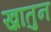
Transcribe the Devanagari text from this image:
ख़ातुन